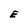
Character: E